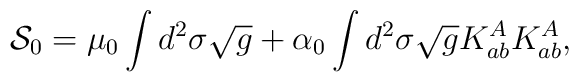
{\cal S}_{0}=\mu_{0}\int d^{2}\sigma\sqrt{g}           +\alpha_{0}\int d^{2}\sigma\sqrt{g}K^{A}_{ab}K^{A}_{ab},